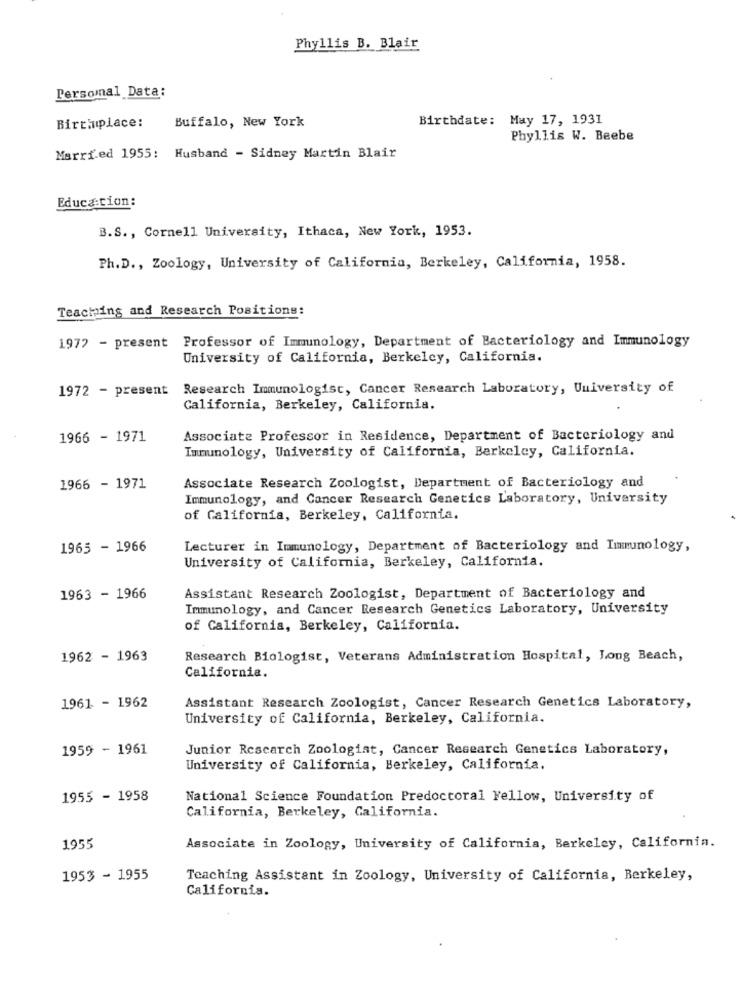
Phyllis B. Blair
Personal Data:
Buffalo, New York
Birthdate: May 17, 1931
Birciuplace:
Phyllis W. Beebe
Married 1955: Husband - Sidney Martin Blair
Educa cion:
B.S ., Cornell University, Ithaca, New York, 1953.
Ph.D ., Zoology, University of California, Berkeley, California, 1958.
Teaching and Research Positions:
1972 - present Professor of Immunology, Department of Bacteriology and Immunology
University of California, Berkeley, California.
1972 - present
Research Immunologist, Cancer Research Laboratory, University of
California, Berkeley, California.
1966 - 1971
Associate Professor in Residence, Department of Bacteriology and
Immunology, University of California, Berkeley, California.
Associate Research Zoologist, Department of Bacteriology and
1966 - 1971
Immunology, and Cancer Research Genetics Laboratory, University
of California, Berkeley, California.
1965 - 1966
Lecturer in Immunology, Department of Bacteriology and Immunology,
University of California, Berkeley, California.
1963 - 1966
Assistant Research Zoologist, Department of Bacteriology and
Immunology, and Cancer Research Genetics Laboratory, University
of California, Berkeley, California.
1962 - 1963
Research Biologist, Veterans Administration Hospital, Long Beach,
California.
1961 - 1962
Assistant Research Zoologist, Cancer Research Genetics Laboratory,
University of California, Berkeley, California.
1959 - 1961
Junior Research Zoologist, Cancer Research Genetics Laboratory,
University of California, Berkeley, California.
1955 - 1958
National Science Foundation Predoctoral Fellow, University of
California, Berkeley, California.
1955
Associate in Zoology, University of California, Berkeley, California.
1953 - 1955
Teaching Assistant in Zoology, University of California, Berkeley,
California.